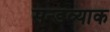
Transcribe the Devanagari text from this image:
सन्डव्याक